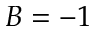
B = - 1